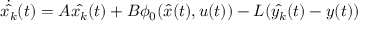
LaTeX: { \dot { \hat { x _ { k } } } } ( t ) = A { \hat { x _ { k } } } ( t ) + B \phi _ { 0 } ( { \hat { x } } ( t ) , u ( t ) ) - L ( { \hat { y _ { k } } } ( t ) - y ( t ) )